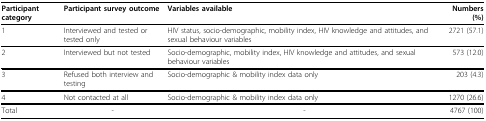
<table><thead><tr><td><b>Participant category</b></td><td><b>Participant survey outcome</b></td><td><b>Variables available</b></td><td><b>Numbers (%)</b></td></tr></thead><tbody><tr><td>1</td><td>Interviewed and tested or tested only</td><td>HIV status, socio-demographic, mobility index, HIV knowledge and attitudes, and sexual behaviour variables</td><td>2721 (57.1)</td></tr><tr><td>2</td><td>Interviewed but not tested</td><td>Socio-demographic, mobility index, HIV knowledge and attitudes, and sexual behaviour variables</td><td>573 (12.0)</td></tr><tr><td>3</td><td>Refused both interview and testing</td><td>Socio-demographic &amp; mobility index data only</td><td>203 (4.3)</td></tr><tr><td>4</td><td>Not contacted at all</td><td>Socio-demographic &amp; mobility index data only</td><td>1270 (26.6)</td></tr><tr><td>Total</td><td>-</td><td>-</td><td>4767 (100)</td></tr></tbody></table>